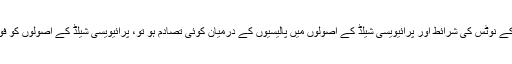
اگر اس رازداری کے نوٹس کی شرائط اور پرائیویسی شیلڈ کے اصولوں میں پالیسیوں کے درمیان کوئی تصادم ہو تو، پرائیویسی شیلڈ کے اصولوں کو فوقیت حاصل ہوگی۔